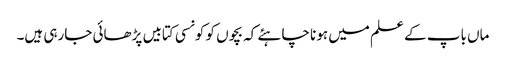
ماں باپ کے علم میں ہونا چاہئے کہ بچوں کو کونسی کتابیں پڑھائی جارہی ہیں۔